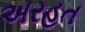
અરહત